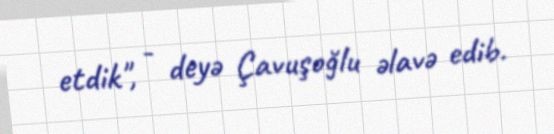
etdik", - deyə Çavuşoğlu əlavə edib.